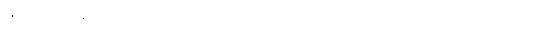
ထိုသို့ သိပ္ပံဆိုင်ရာလေ့လာမှုပြုလုပ်သည့် ပညာရပ်ကို မြန်မာဘာသာစကားအားဖြင့်